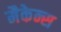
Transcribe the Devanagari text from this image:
मैकेन्स